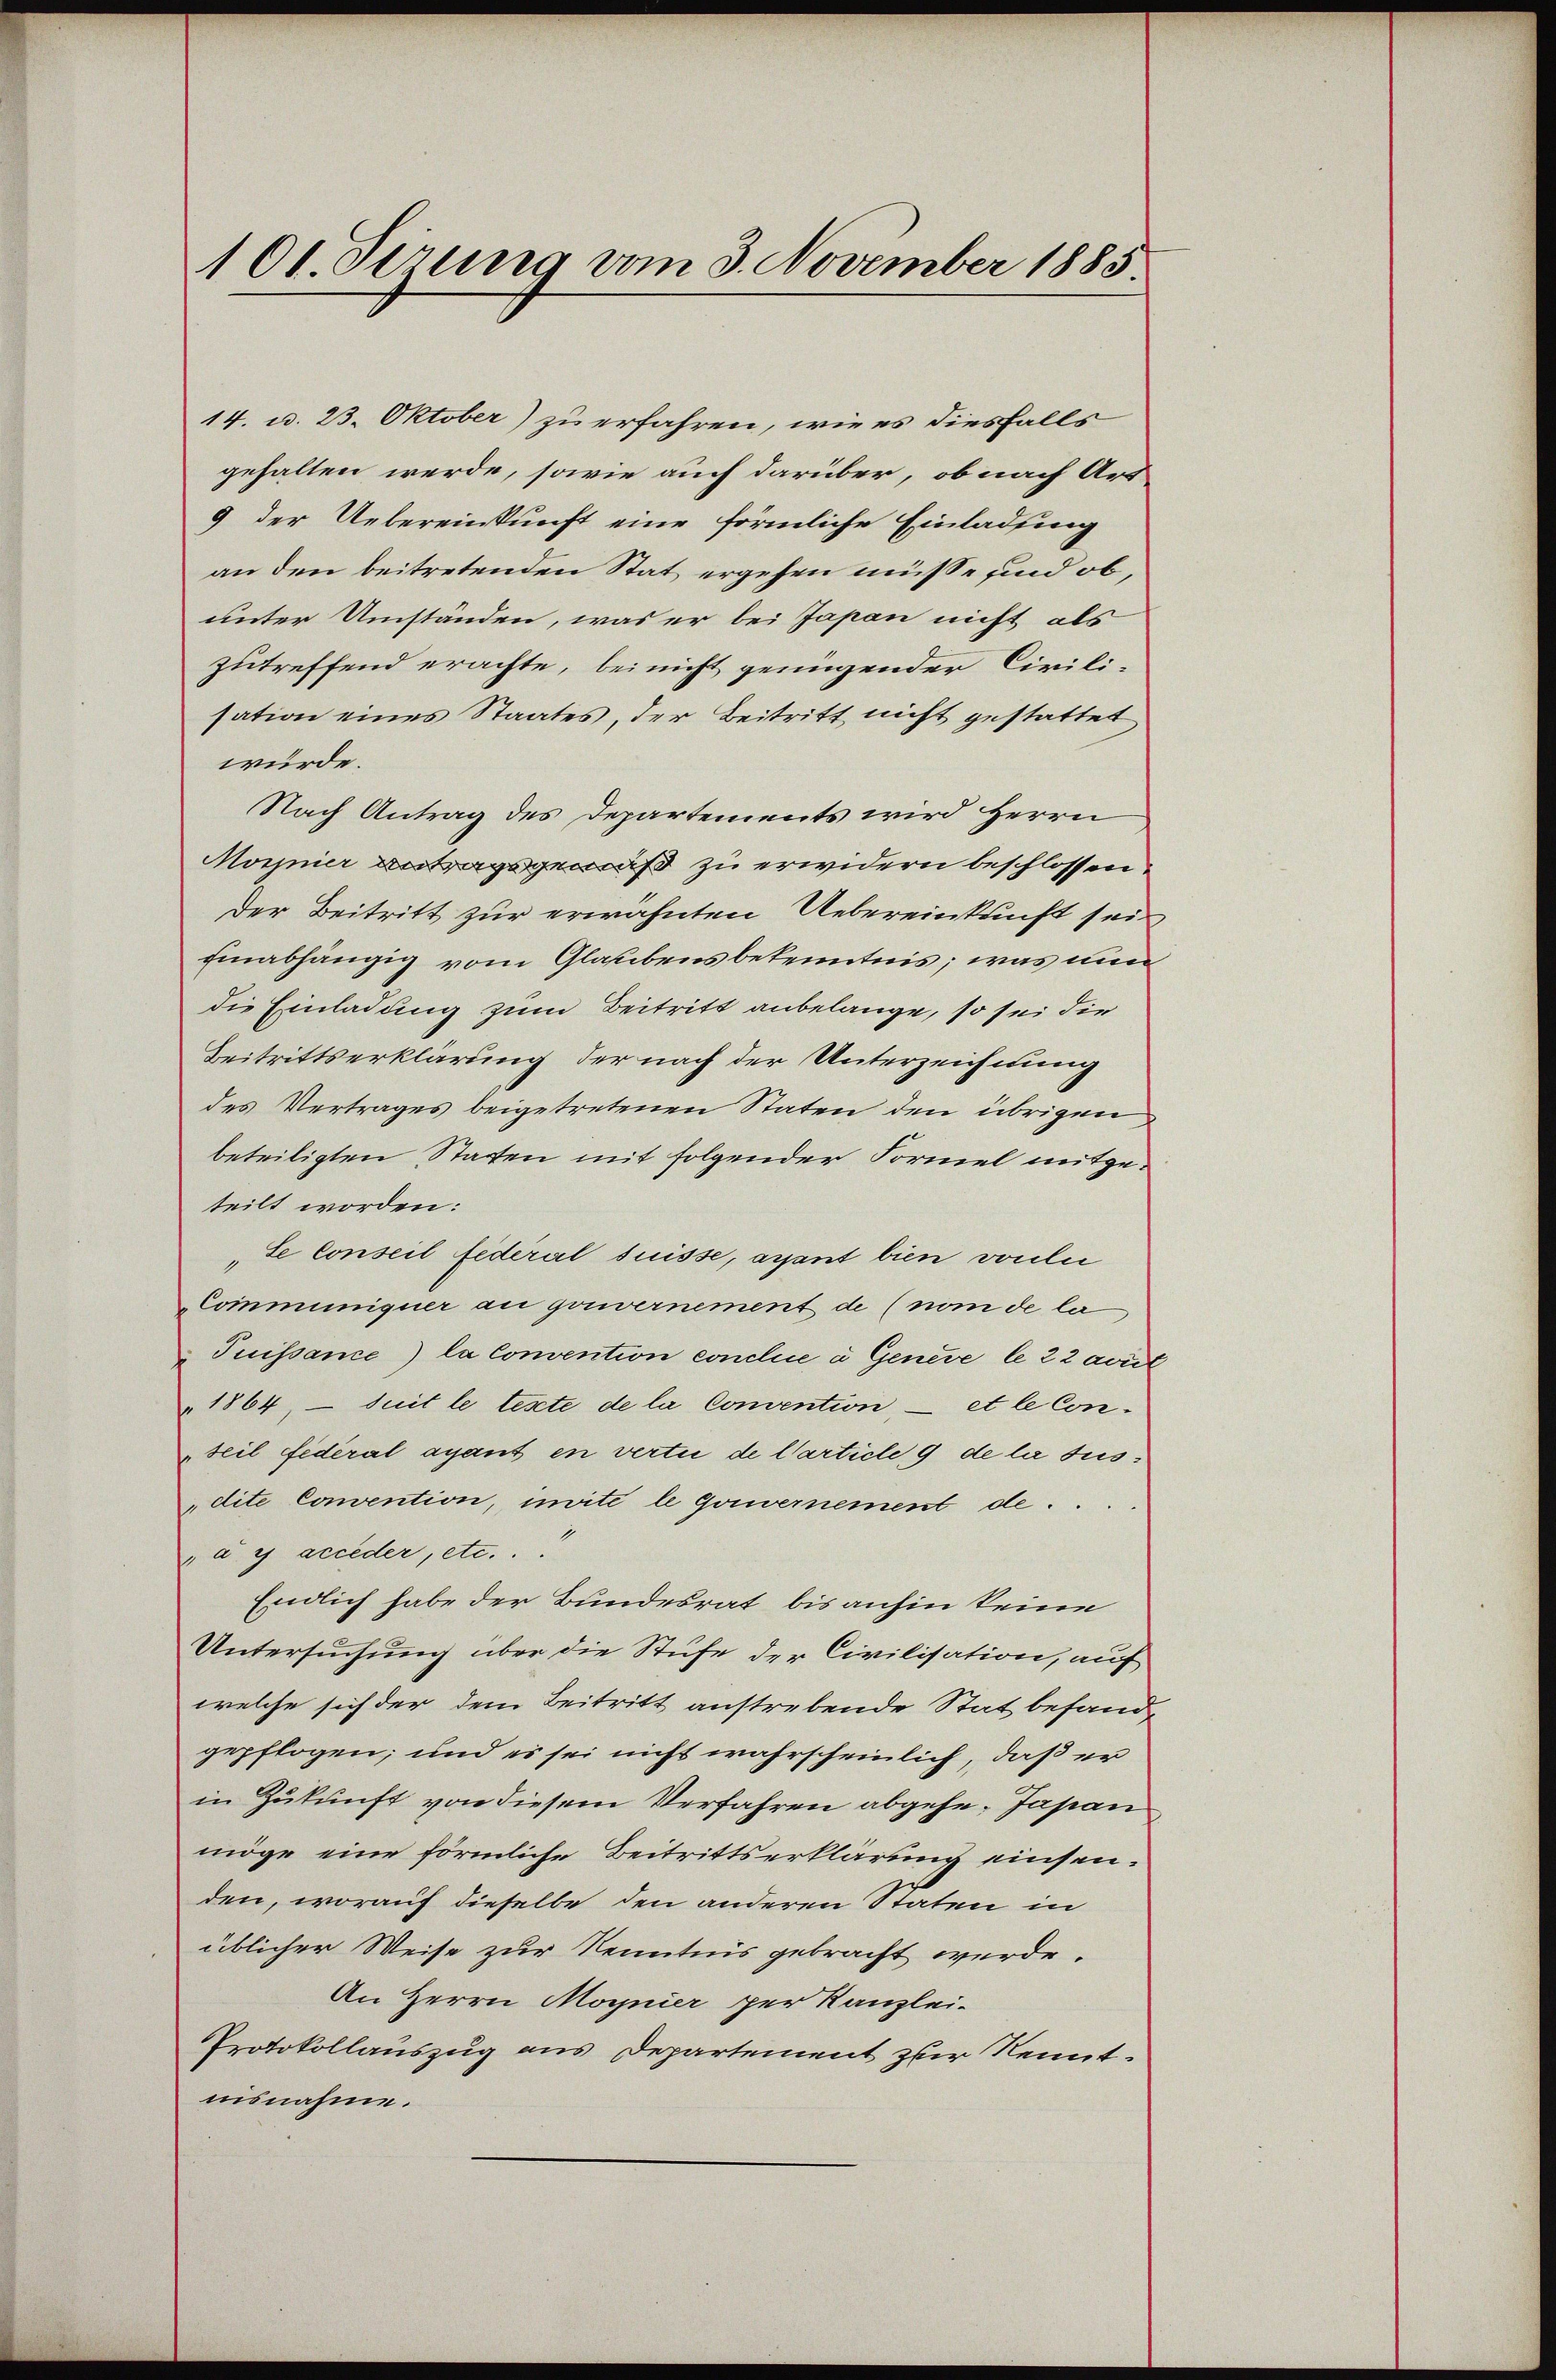
101. Sirung vom 3. November 1883.

14. u. 23. Oktober) zu erfahren, wie es diesfalls
gehalten werde, sowie auch darüber, ob nach Art
9 der Uebereinkunft eine förmliche Einladung
an den beitretenden Stat ergehen müsse sind ob,
unter Umständen, was er bei Japan nicht als
zutreffend erachte, bei nicht genügender Civili-
sation eines Staates, der Beitritt nicht gestattet
würde.
Nach Antrag des Departements wird Herrn
Magnier Antragsgemäß zu erwidern beschlossen.
Der Beitritt zur erwähnten Uebereinkunft sei
hinabhängig vom Glaubens bekenntnis; was nun
die Einladung zum Beitritt anbelange, so sei die
Beitrittserklärung der nach der Unterzeichnung
des Vertrages beigetretenen Staten den übrigen
beteiligten Staaten mit folgender Formel mitgeteilt worden:
„Se conseil fédéral suisse, ayant bien vorlie
Communiquer an gouvernement de (nom de la
Tuissance la Convention conclue à Genève le 22 avur
1864, — Suit le teste de la Comention, – et le Conseil fideral ayant en vertu de Carticle 9 de la susdite Convention, imite le Gouvernement de
u y acceder, etc.“
Endlich habe der Bundesrat, bis anhin keine
Untersuchung über die Stufe der Civilisation, auf
welche sich der dem Beitritt anstrebende Stat befandgepflogen; und es sei nicht wahrscheinlich, daß er
in Zukunft von diesem Verfahren abgehe. Japan
möge eine förmliche Beitrittserklärung einsenden, worauf dieselbe den anderen Staten in
üblicher Weise zur Kenntnis gebracht werde.
An Herrn Magnier per Kanzlei-
Protokollauszug aus Departement zur Kennt.
nisnahme.